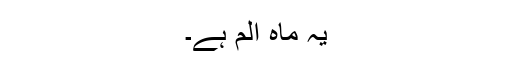
یہ ماہ الم ہے۔